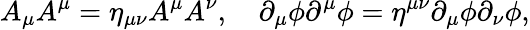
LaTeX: A_{\mu}A^{\mu}=\eta_{\mu\nu}A^{\mu}A^{\nu},\quad\partial_{\mu}\phi\partial^{\mu}\phi=\eta^{\mu\nu}\partial_{\mu}\phi\partial_{\nu}\phi,